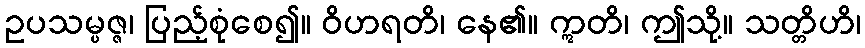
ဥပသမ္ပဇ္ဇ၊ ပြည့်စုံစေ၍။ ဝိဟရတိ၊ နေ၏။ ဣတိ၊ ဤသို့။ သတ္တိဟိ၊